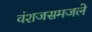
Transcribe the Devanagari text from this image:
वंशजसमजले